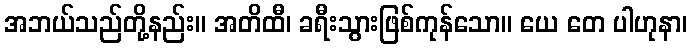
အဘယ်သည်တို့နည်း။ အတိထီ၊ ခရီးသွားဖြစ်ကုန်သော။ ယေ တေ ပါဟုနာ၊